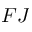
F J